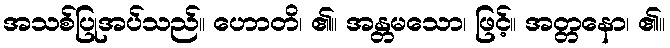
အသစ်ပြုအပ်သည်။ ဟောတိ၊ ၏။ အန္တမသော၊ ဖြင့်။ အတ္တနော၊ ၏။